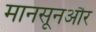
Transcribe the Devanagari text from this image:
मानसूनऔर